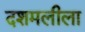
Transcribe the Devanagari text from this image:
दशमलीला